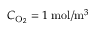
C _ { \mathrm { O } _ { 2 } } = 1 \; \mathrm { m o l } / \mathrm { m } ^ { 3 }